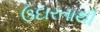
ઉદારતાથી